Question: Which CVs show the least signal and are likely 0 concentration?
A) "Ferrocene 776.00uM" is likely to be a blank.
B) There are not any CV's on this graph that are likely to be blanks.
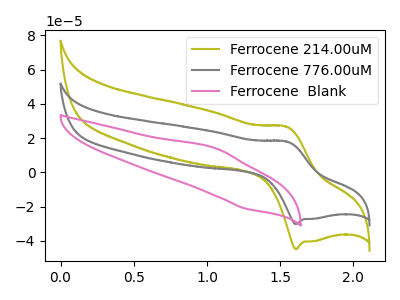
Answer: <think>The olive curve "Ferrocene 214.00uM" has an anodic peak at (1.55V, 26.65uA) and a cathodic peak at (1.60V, -44.90uA). The gray curve "Ferrocene 776.00uM" has an anodic peak at (1.55V, 18.00uA) and a cathodic peak at (1.60V, -30.30uA). The pink curve "Ferrocene  Blank" has an anodic peak at (1.05V, 14.25uA) and a cathodic peak at (1.25V, -21.20uA).</think>
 <answer>B) There are not any CV's on this graph that are likely to be blanks.</answer>
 <eval>B</eval>